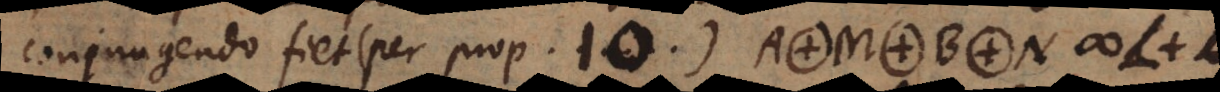
conjungendo fiet (per prop. 10) A. M. B. N